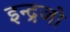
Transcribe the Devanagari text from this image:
इन्द्रजो